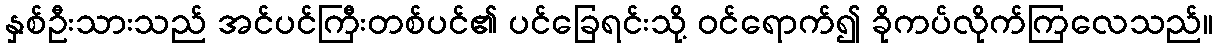
နှစ်ဦးသားသည် အင်ပင်ကြီးတစ်ပင်၏ ပင်ခြေရင်းသို့ ဝင်ရောက်၍ ခိုကပ်လိုက်ကြလေသည်။